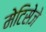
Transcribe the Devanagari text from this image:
मेटिसेजे